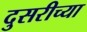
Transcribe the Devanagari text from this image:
दुसरीच्या